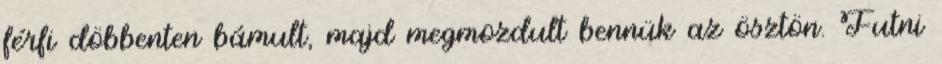
férfi döbbenten bámult, majd megmozdult bennük az ösztön. Futni